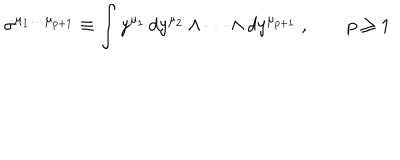
\sigma ^ { \mu _ { 1 } \dots \mu _ { p + 1 } } \equiv \int y ^ { \mu _ { 1 } } \, d y ^ { \mu _ { 2 } } \wedge \dots \wedge d y ^ { \mu _ { p + 1 } } \ , \qquad p \ge 1